Report of the Municipal Commissioner on the plague in Bombay for the year ending 31st May... - Volume 1
Disease focus: Plague
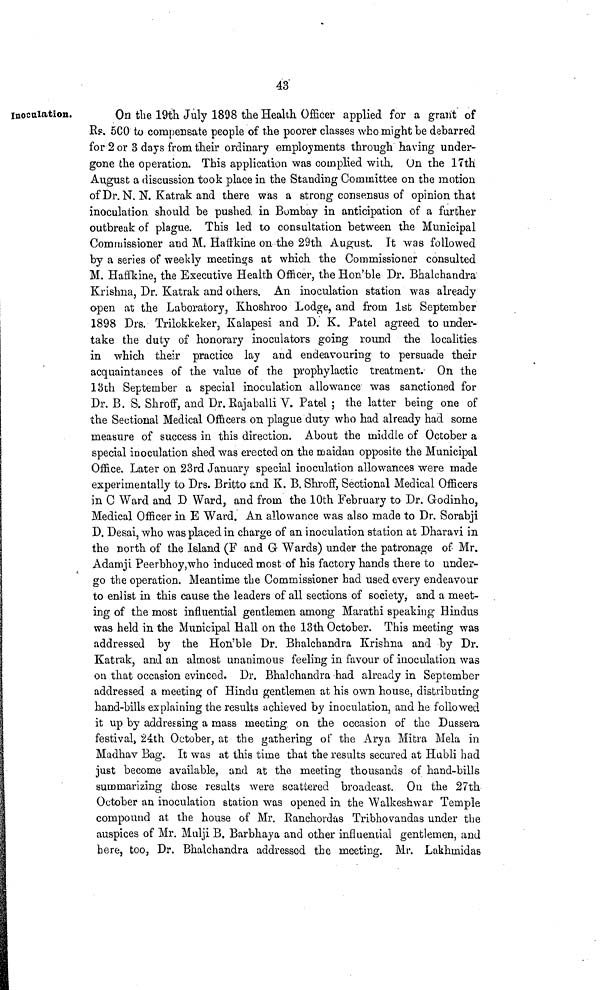
43
Inoculation.
On the 19th July 1898 the Health Officer applied for a grant of
Rs. 5CO to compensate people of the poorer classes who might be debarred
for 2 or 3 days from their ordinary employments through having under-
gone the operation. This application was complied with. On the 17th
August a discussion took place in the Standing Committee on the motion
of Dr. N. N. Katrak and there was a strong consensus of opinion that
inoculation should be pushed in Bombay in anticipation of a further
outbreak of plague. This led to consultation between the Municipal
Commissioner and M. Haffkine on the 29th August. It was followed
by a series of weekly meetings at which the Commissioner consulted
M. Haffkine, the Executive Health Officer, the Hon'ble Dr. Bhalchandra
Krishna, Dr. Katrak and others. An inoculation station was already
open at the Laboratory, Khoshroo Lodge, and from 1st September
1898 Drs. Trilokkeker, Kalapesi and D. K. Patel agreed to under-
take the duty of honorary inoculators going round the localities
in which their practice lay and endeavouring to persuade their
acquaintances of the value of the prophylactic treatment. On the
13th September a special inoculation allowance was sanctioned for
Dr. B. S. Shroff, and Dr. Kajaballi V. Patel ; the latter being one of
the Sectional Medical Officers on plague duty who had already had some
measure of success in this direction. About the middle of October a
special inoculation shed was erected on the maidan opposite the Municipal
Office. Later on 23rd January special inoculation allowances were made
experimentally to Drs. Britto and K. B. Shroff, Sectional Medical Officers
in 0 Ward and D Ward, and from the 10th February to Dr. Godinho,
Medical Officer in E Ward. An allowance was also made to Dr. Sorabji
D. Desai, who was placed in charge of an inoculation station at Dharavi in
the north of the Island (F and G Wards) under the patronage of Mr.
Adamji Peerbhoy, who induced most of his factory hands there to under-
go the operation. Meantime the Commissioner had used every endeavour
to enlist in this cause the leaders of all sections of society, and a meet-
ing of the most influential gentlemen among Marathi speaking Hindus
was held in the Municipal Hall on the 13th October. This meeting was
addressed by the Hon'ble Dr. Bhalchandra Krishna and by Dr.
Katrak, and an almost unanimous feeling in favour of inoculation was
on that occasion evinced. Dr. Bhalchandra had already in September
addressed a meeting of Hindu gentlemen at his own house, distributing
hand-bills explaining the results achieved by inoculation, and he followed
it up by addressing a mass meeting on the occasion of the Dussera
festival, 24th October, at the gathering of the Arya Mitra Mela in
Madhav Bag. It was at this time that the results secured at Hubli had
just become available, and at the meeting thousands of hand-bills
summarizing those results were scattered broadcast. On the 27th
October an inoculation station was opened in the Walkeshwar Temple
compound at the house of Mr. Ranchordas Tribhovandas under the
auspices of Mr. Mulji B. Barbhaya and other influential gentlemen, and
here, too, Dr. Bhalchandra addressed the meeting. Mr. Lakhmidas